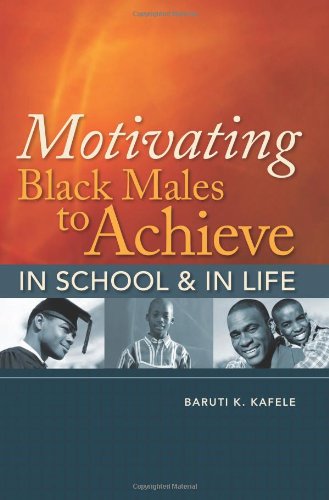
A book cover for Motivating Black Males to Achieve in School & in Life; Baruti K. Kafele; Education & Teaching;